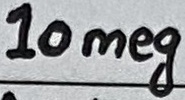
Text: 10meg